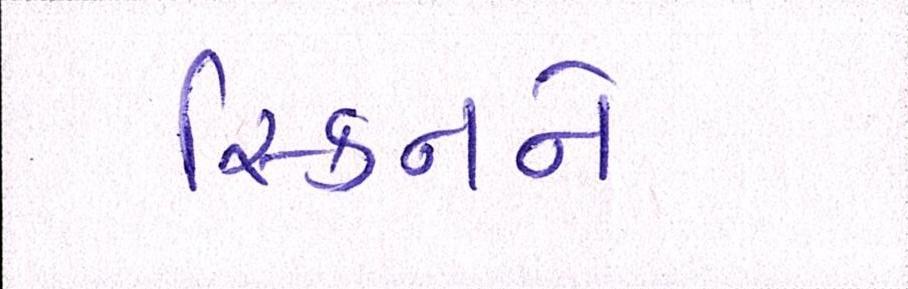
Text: સ્કિનને